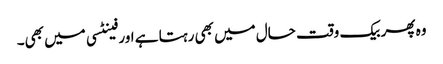
وہ پھر بیک وقت حال میں بھی رہتا ہے اور فینٹسی میں بھی۔